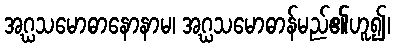
အဂ္ဃသမောဓာနောနာမ၊ အဂ္ဃသမောဓာန်မည်၏ဟူ၍၊